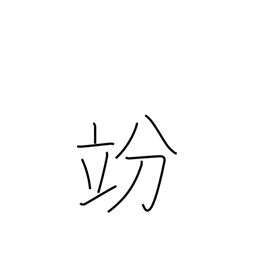
Meaning: decilitre